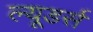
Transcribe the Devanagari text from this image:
ल्यूडर्स